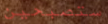
ستصبحين